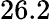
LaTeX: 26.2